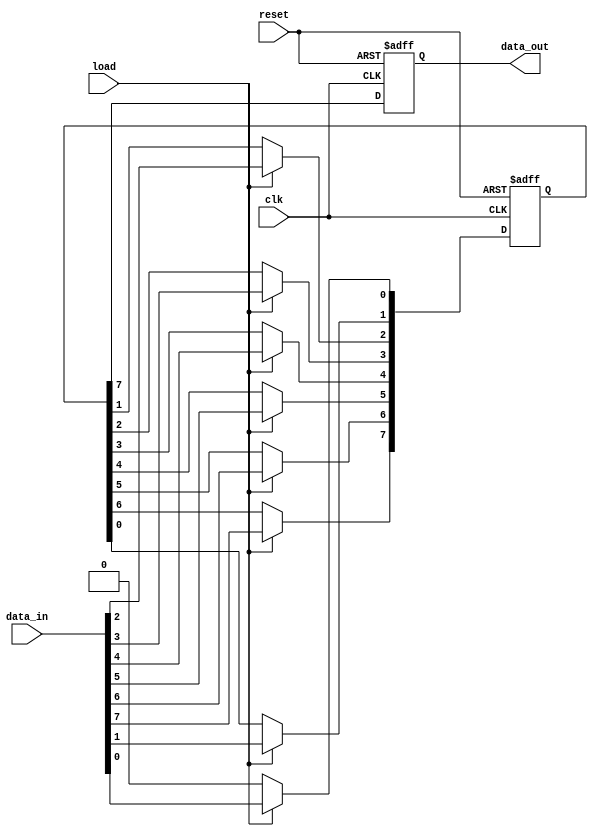
module PISO_Register #(
    parameter WIDTH = 8  // Define the width of the register
)(
    input wire [WIDTH-1:0] data_in,  // Parallel input data bus
    input wire load,                  // Load control signal
    input wire clk,                   // Clock signal
    input wire reset,                 // Asynchronous reset signal
    output reg data_out               // Serial output data line
);

    reg [WIDTH-1:0] shift_reg;        // Internal shift register
    integer i;                        // Loop variable for shifting

    // Asynchronous reset and loading logic
    always @(posedge clk or posedge reset) begin
        if (reset) begin
            shift_reg <= {WIDTH{1'b0}}; // Clear the register
            data_out <= 1'b0;           // Clear the output
        end else if (load) begin
            shift_reg <= data_in;       // Load parallel data into the register
            data_out <= shift_reg[WIDTH-1]; // Output MSB on load
        end else begin
            // Shift operation
            data_out <= shift_reg[WIDTH-1]; // Output MSB
            // Shift the register
            for (i = WIDTH-1; i > 0; i = i - 1) begin
                shift_reg[i] <= shift_reg[i-1];
            end
            shift_reg[0] <= 1'b0; // Fill LSB with 0 after shifting
        end
    end

endmodule